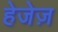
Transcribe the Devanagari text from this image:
हेजेज़